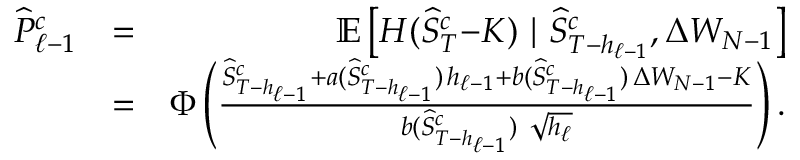
\begin{array} { r l r } { { \widehat { P } } _ { \ell - 1 } ^ { c } } & { = } & { { \mathbb { E } } \left[ H ( { \widehat { S } } _ { T } ^ { c } { - } K ) \ | \ { \widehat { S } } _ { T - h _ { \ell - 1 } } ^ { c } , \Delta W _ { N - 1 } \right] } \\ & { = } & { \Phi \left( \frac { { \widehat { S } } _ { T - h _ { \ell - 1 } } ^ { c } + a ( { \widehat { S } } _ { T - h _ { \ell - 1 } } ^ { c } ) \, h _ { \ell - 1 } + b ( { \widehat { S } } _ { T - h _ { \ell - 1 } } ^ { c } ) \, \Delta W _ { N - 1 } - K } { b ( { \widehat { S } } _ { T - h _ { \ell - 1 } } ^ { c } ) \ \sqrt { h _ { \ell } } } \right) . } \end{array}